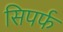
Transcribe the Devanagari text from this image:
सिपर्फ